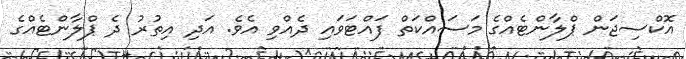
އޮކްސިޖަން ޕްލާންޓެއްގެ މަސައްކަތް ފައްޓަވައި ދެއްވި އެވެ. އަދި އިތުރު ދެ ޕްލާންޓެއްގެ